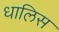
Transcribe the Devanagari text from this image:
धालिस